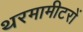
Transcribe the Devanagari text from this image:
थरमामीटरों